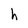
Character: h